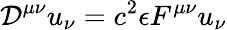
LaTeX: {\mathcal{D}}^{\mu\nu}u_{\nu}=c^{2}\epsilon F^{\mu\nu}u_{\nu}